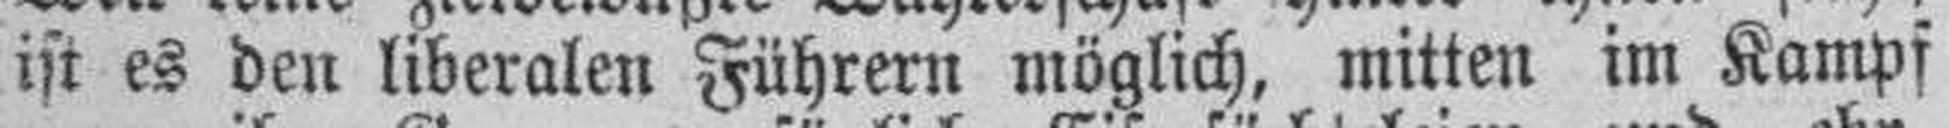
ist es den liberalen Führern möglich, mitten im Kampf